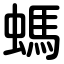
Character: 螞